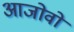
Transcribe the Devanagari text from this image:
आजोवो